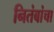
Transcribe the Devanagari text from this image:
नितंबांचा